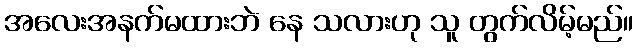
အလေးအနက်မထားဘဲ နေ သလားဟု သူ တွက်လိမ့်မည်။